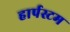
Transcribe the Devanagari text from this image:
हार्पस्टम